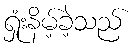
ရှုံးနိမ့်ခဲ့သည်